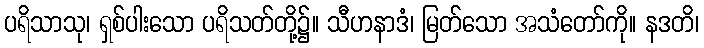
ပရိသာသု၊ ရှစ်ပါးသော ပရိသတ်တို့၌။ သီဟနာဒံ၊ မြတ်သော အသံတော်ကို။ နဒတိ၊